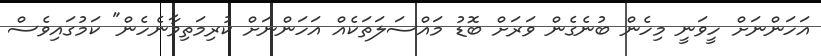
އަހަންނަށް ހީވަނީ މިހެން ބުނެގެން ވަރަށް ބޮޑު މައްސަލަތަކެއް އަހަންނަށް ކުރިމަތިވާނެހެން" ކަމުގައިވެސް